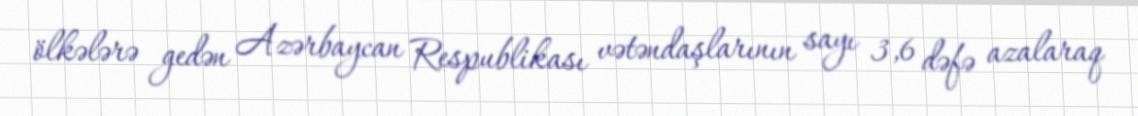
ölkələrə gedən Azərbaycan Respublikası vətəndaşlarının sayı 3,6 dəfə azalaraq